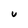
Character: V